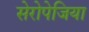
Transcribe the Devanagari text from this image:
सेरोपेजिया